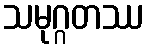
သမုဂ္ဂတဿ